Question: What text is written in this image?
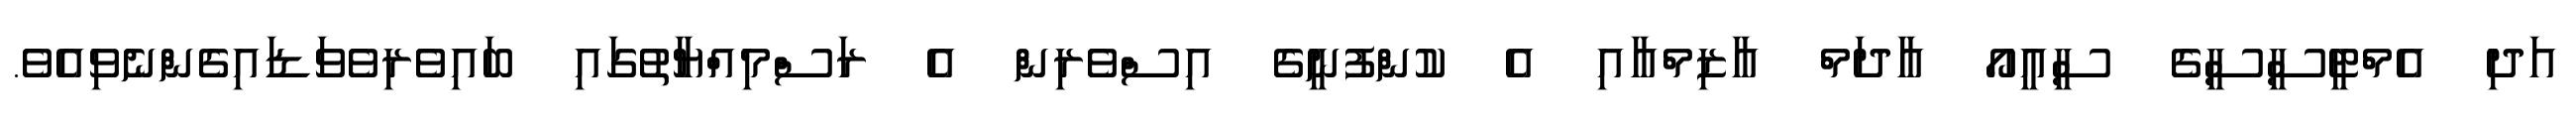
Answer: އަދި އެމްޓީސީސީގެ ސީއީއޯ އާދަމް އާޒިމްއާއި އެ ކުންފުނީގެ އިސްވެރިން އެ ރަސްމިއްޔާތުގައި ބައިވެރިވެވަޑައިގެންނެވިއެވެ.